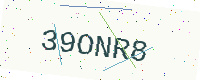
Text: 39ONR8